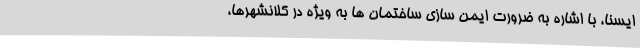
ایسنا، با اشاره به ضرورت ایمن سازی ساختمان ها به ویژه در کلانشهرها،